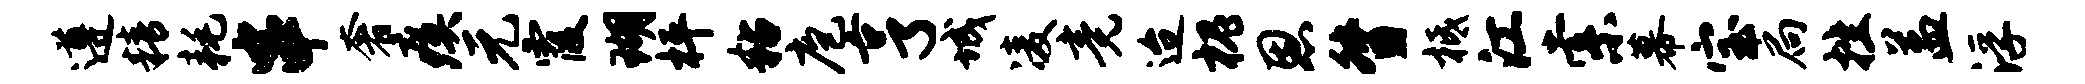
遵精耗串奢瘼元霞瑚枰粘庖亨城凌竟迨槐恩督柢江索幕宝扃挫益浮